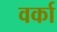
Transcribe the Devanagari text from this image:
वर्का